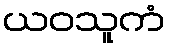
ယဝသူကံ